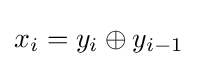
x_{i}=y_{i}\oplus y_{i-1}